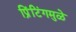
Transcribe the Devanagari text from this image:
प्रिंटिंगमुळे